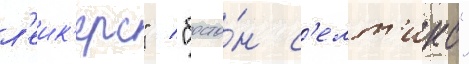
л'еик'ерс" / "босто́н с'елт'икс"